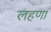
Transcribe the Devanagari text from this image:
लहणा